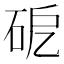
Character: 砨